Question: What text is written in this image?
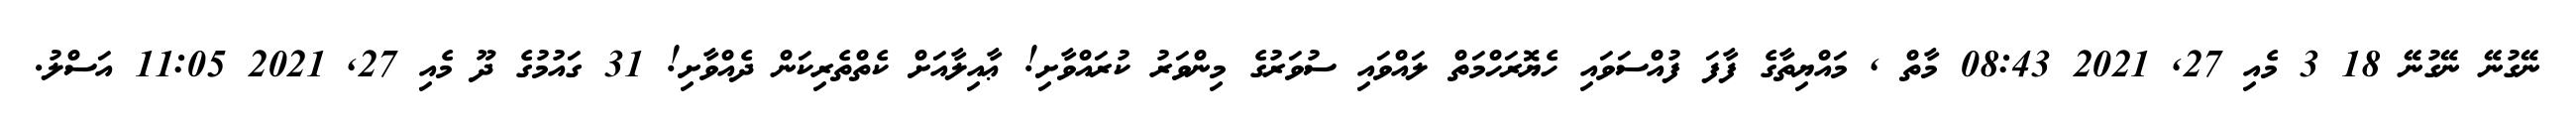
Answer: ނޭގުނޭ ނޭގުނޭ 18 3 މެއި 27, 2021 08:43 މާތް , މައްޔިތާގެ ފާފަ ފުއްސަވައި ހެޔޮރަހްމަތް ލައްވައި ސުވަރުގެ މިންވަރު ކުރައްވާށި! ޢާއިލާއަށް ކެތްތެރިކަން ދެއްވާށި! 31 ގައުމުގެ ދޫ މެއި 27, 2021 11:05 އަސްލު.